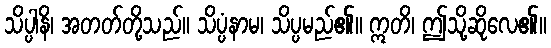
သိပ္ပါနိ၊ အတတ်တို့သည်။ သိပ္ပံနာမ၊ သိပ္ပမည်၏။ ဣတိ၊ ဤသို့ဆိုလေ၏။